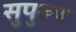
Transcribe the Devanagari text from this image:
सुपुरुष